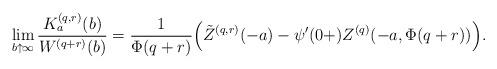
LaTeX: \begin{align*}\lim_{b \uparrow \infty} \frac {K_a^{(q,r)}(b)} {W^{(q+r)}(b)}&= \frac 1 {\Phi(q+r)} \Big( \tilde{Z}^{(q,r)}(-a )- \psi'(0+) {Z^{(q)}(-a, \Phi(q+r))} \Big).\end{align*}